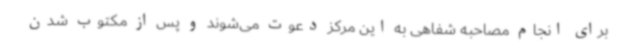
برای انجام مصاحبه شفاهی به این مرکز دعوت می‌شوند و پس از مکتوب شدن